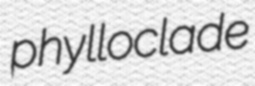
phylloclade